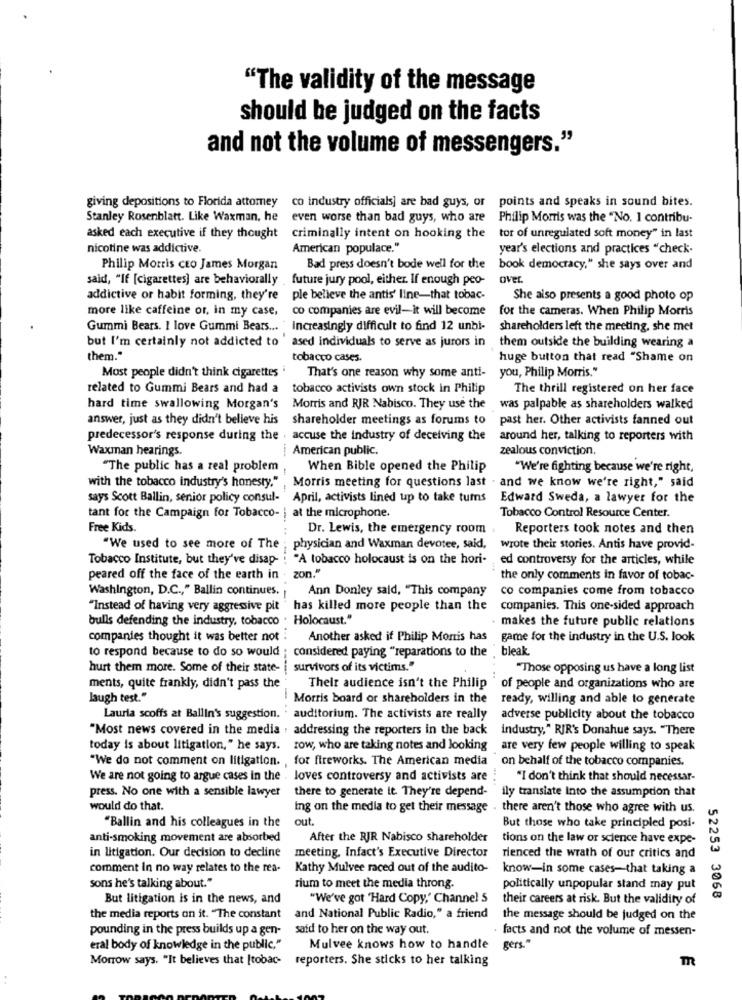
"The validity of the message
should be judged on the facts
and not the volume of messengers."
giving depositions to Florida attomey co industry officials] are bad guys, or points and speaks in sound bites.
Stanley Rosenblatt. Like Waxman, he even worse than bad guys, who are
Philip Morris was the "No. 1 contribu-
asked each executive if they thought criminally intent on hooking the tor of unregulated soft money" in last
nicotine was addictive.
American populace."
year's elections and practices "check-
Philip Morris cto James Morgan
Bad press doesn't bode well for the book democracy," she says over and
said, "If [cigarettes] are behaviorally future jury pool, either. If enough peo-
Over
addictive or habit forming, they're ple believe the antis' line-that tobac-
She also presents a good photo op
more like caffeine or, in my case,
co companies are evil-it will become
for the cameras. When Philip Morris
Gummi Bears. I love Gummi Bears ... "Increasingly difficult to find 12 unbi-
shareholders left the meeting, she met
but I'm certainly not addicted to ' ased individuals to serve as jurors in
them outside the building wearing a
them."
tobacco cases.
huge button that read "Shame on
Most people didn't think cigarettes
That's one reason why some anti-
you, Philip Morris."
related to Gummi Bears and had a tobacco activists own stock in Philip
The thrill registered on her face
hard time swallowing Morgan's Morris and RJR Nabisco. They use the
was palpable as shareholders walked
answer, just as they didn't believe his shareholder meetings as forums to
past her. Other activists fanned out
predecessor's response during the . accuse the industry of deceiving the
around her, talking to reporters with
Waxman hearings.
American public.
zealous conviction.
"The public has a real problem
When Bible opened the Philip
"We're fighting because we're right,
with the tobacco industry's honesty."
Morris meeting for questions last . and we know we're right," said
says Scott Ballin, senior policy consul-
April, activists lined up to take turns Edward Sweda, a lawyer for the
at the microphone.
tant for the Campaign for Tobacco-
Tobacco Control Resource Center.
Free Kids.
-. ..
Dr. Lewis, the emergency room
Reporters took notes and then
"We used to see more of The
physician and Waxman devotee, said,
wrote their stories. Antis have provid-
Tobacco Institute, but they've disap- : "A tobacco holocaust is on the hori-
ed controversy for the articles, while
peared off the face of the earth in . zon."
the only comments in favor of tobac-
Washington, D.C ., " Ballin continues.
Ann Donley said, "This company
co companies come from tobacco
"Instead of having very aggressive pit has killed more people than the
companies. This one-sided approach
bulls defending the industry, tobacco . Holocaust."
makes the future public relations
companies thought it was better not :
Another asked if Philip Morris has
game for the industry in the U.S. look
to respond because to do so would
:considered paying "reparations to the
bleak
hurt them more. Some of their state-
survivors of its victims."
"Those opposing us have a long list
ments, quite frankly, didn't pass the
Their audience isn't the Philip*
of people and organizations who are
laugh test."
Morris board or shareholders in the
ready, willing and able to generate
Lauria scoffs at Ballin's suggestion.
auditorium. The activists are really
adverse publicity about the tobacco
"Most news covered in the media . addressing the reporters in the back
industry," RIR's Donahue says. "There
today is about litigation," he says.
row, who are taking notes and looking
are very few people willing to speak
"We do not comment on litigation. , for fireworks. The American media on behalf of the tobacco companies.
We are not going to argue cases in the . loves controversy and activists are
"I don't think that should necessar-
press. No one with a sensible lawyer there to generate it. They're depend-
ily translate Into the assumption that
would do that.
ing on the media to get their message . there aren't those who agree with us.
"Ballin and his colleagues in the
out.
But those who take principled posi-
anti-smoking movement are absorbed
After the RJR Nabisco shareholder
tions on the law or science have expe-
in litigation. Our decision to decline
meeting. Infact's Executive Director
rienced the wrath of our critics and
comment In no way relates to the rea-
Kathy Mulvee raced out of the audito-
know-in some cases-that taking a
sons he's talking about."
rium to meet the media throng.
politically unpopular stand may put
But litigation is in the news, and
"We've got 'Hard Copy,' Channel 5
their careers at risk. But the validity of
52253 3068
the media reports on it. "The constant and National Public Radio," a friend
the message should be judged on the
pounding in the press builds up a gen-
said to her on the way out.
facts and not the volume of messen-
eral body of knowledge in the public,"
Mulvee knows how to handle gers."
Morrow says. "It believes that [tobac- reporters. She sticks to her talking